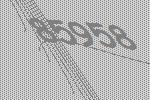
85958